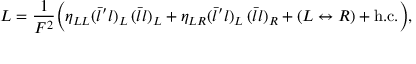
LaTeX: { \cal L } = \frac { 1 } { F ^ { 2 } } \biggl ( \eta _ { L L } ( \bar { l } ^ { \prime } l ) _ { L } \, ( \bar { l } l ) _ { L } + \eta _ { L R } ( \bar { l } ^ { \prime } l ) _ { L } \, ( \bar { l } l ) _ { R } + ( L \leftrightarrow R ) + \mathrm { h . c . } \biggr ) ,